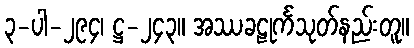
၃-ပါ-၂၉၄၊ ဋ္ဌ-၂၄၃။ အဿခဠုင်္ကသုတ်နည်းတူ။